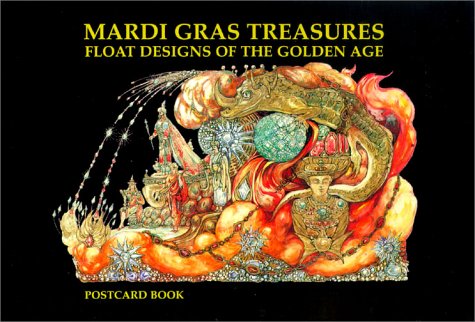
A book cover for Mardi Gras Treasures: Float Designs of the Golden Age Postcard Book; Henri Schindler; Crafts, Hobbies & Home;